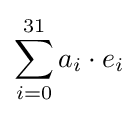
\sum _{i=0}^{31}a_{i}\cdot e_{i}